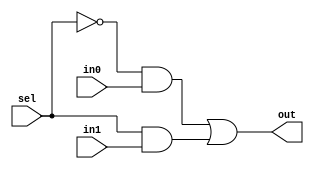
`define AND and #30
`define OR or #30
`define NOT not #10

// 2 bit mux
module mux2
(
    output out,
    input in0,
    input in1,
    input sel
);

    wire mux1, mux2;
    wire selnot;

    `NOT muxNOT(selnot, sel);
    `AND muxAND1(mux1, selnot, in0);
    `AND muxAND2(mux2, sel, in1);
    `OR muxOR(out, mux1, mux2);

endmodule

module mux2_32
(
    output[31:0] out,
    input[31:0] in0,
    input[31:0] in1,
    input sel
);

    wire selnot;

    `NOT selNOT(selnot,sel);
    genvar i;
    generate
    for(i=0;i<32;i=i+1)begin
        mux2 muxy(out[i],in0[i],in1[i],sel);
    end
    endgenerate
endmodule

// 8 bit mux
module mux8
(
    output out,
    input[7:0] ins,
    input[2:0] sel
);

    wire[7:0] selpick;	// One of these is true, corresponding to the input to forward to out
    wire ns0, ns1, ns2;
    wire s0s1, s0ns1, ns0s1, ns0ns1;    
    wire out0, out1, out2, out3, out4, out5, out6, out7;
    wire o0o1, o2o3, o4o5, o6o7, o0o1o2o3, o4o5o6o7;

    `NOT invert_sel_0 (ns0, sel[0]);   // Invert select bits for logic
    `NOT invert_sel_1 (ns1, sel[1]);
    `NOT invert_sel_2 (ns2, sel[2]);

    `AND and0 (s0s1, sel[0], sel[1]);  // Combinations of first two select bits
    `AND and1 (s0ns1, sel[0], ns1);
    `AND and2 (ns0s1, ns0, sel[1]);
    `AND and3 (ns0ns1, ns0, ns1);

    `AND and4 (selpick[0], ns0ns1, ns2);   // Determine which input to forward to out.
    `AND and5 (selpick[1], s0ns1, ns2);    // These cases should be exclusive and exhaustive.
    `AND and6 (selpick[2], ns0s1, ns2);
    `AND and7 (selpick[3], s0s1, ns2);
    `AND and8 (selpick[4], ns0ns1, sel[2]);
    `AND and9 (selpick[5], s0ns1, sel[2]);
    `AND and10 (selpick[6], ns0s1, sel[2]);
    `AND and11 (selpick[7], s0s1, sel[2]);

    `AND and12 (out0, selpick[0], ins[0]);   // If any of these "out" values are true,
    `AND and13 (out1, selpick[1], ins[1]);   // a condition has been met for a true output.
    `AND and14 (out2, selpick[2], ins[2]);
    `AND and15 (out3, selpick[3], ins[3]);
    `AND and16 (out4, selpick[4], ins[4]);
    `AND and17 (out5, selpick[5], ins[5]);
    `AND and18 (out6, selpick[6], ins[6]);
    `AND and19 (out7, selpick[7], ins[7]);

    `OR or0 (o0o1, out0, out1);   // Determine output by OR-ing them together.
    `OR or1 (o2o3, out2, out3);
    `OR or2 (o4o5, out4, out5);
    `OR or3 (o6o7, out6, out7);
    `OR or4 (o0o1o2o3, o0o1, o2o3);
    `OR or5 (o4o5o6o7, o4o5, o6o7);
    `OR output_gate (out, o0o1o2o3, o4o5o6o7);

endmodule

module mux32to1by1
(
        output      out,
        input[4:0]  address,
        input[31:0] inputs
);
  // Your code
  assign out = inputs[address];
endmodule

module mux32to1by32
(
        output[31:0]  out,
        input[4:0]    address,
        input[31:0]   input0, input1, input2,input3, input4,input5,input6,input7,input8,input9,input10,input11,input12,input13,input14,input15,input16,input17,input18,input19,input20,input21,input22,input23,input24,input25,input26,input27,input28,input29,input30,input31
);
// Assigns all 32 32-bit muxen
    wire[31:0] mux[31:0];       // Create a 2D array of wires
    assign mux[0] = input0;     // Connect the sources of the array
    assign mux[1] = input1;     // Connect the sources of the array
    assign mux[2] = input2;     // Connect the sources of the array
    assign mux[3] = input3;     // Connect the sources of the array
    assign mux[4] = input4;     // Connect the sources of the array
    assign mux[5] = input5;     // Connect the sources of the array
    assign mux[6] = input6;     // Connect the sources of the array
    assign mux[7] = input7;     // Connect the sources of the array
    assign mux[8] = input8;     // Connect the sources of the array
    assign mux[9] = input9;     // Connect the sources of the array
    assign mux[10] = input10;     // Connect the sources of the array
    assign mux[11] = input11;     // Connect the sources of the array
    assign mux[12] = input12;     // Connect the sources of the array
    assign mux[13] = input13;     // Connect the sources of the array
    assign mux[14] = input14;     // Connect the sources of the array
    assign mux[15] = input15;     // Connect the sources of the array
    assign mux[16] = input16;     // Connect the sources of the array
    assign mux[17] = input17;     // Connect the sources of the array
    assign mux[18] = input18;     // Connect the sources of the array
    assign mux[19] = input19;     // Connect the sources of the array
    assign mux[20] = input20;     // Connect the sources of the array
    assign mux[21] = input21;     // Connect the sources of the array
    assign mux[22] = input22;     // Connect the sources of the array
    assign mux[23] = input23;     // Connect the sources of the array
    assign mux[24] = input24;     // Connect the sources of the array
    assign mux[25] = input25;     // Connect the sources of the array
    assign mux[26] = input26;     // Connect the sources of the array
    assign mux[27] = input27;     // Connect the sources of the array
    assign mux[28] = input28;     // Connect the sources of the array
    assign mux[29] = input29;     // Connect the sources of the array
    assign mux[30] = input30;     // Connect the sources of the array
    assign mux[31] = input31;     // Connect the sources of the array

    assign out = mux[address];   // Connect the output of the array
endmodule